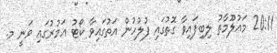
20:11 މައުލޫމާތު ލިބިފައިވާ ގޮތުގައި ފުލުހުން އަތުގައިވާ ކޯޓު އަމުރުގައި ވަނީ މ.